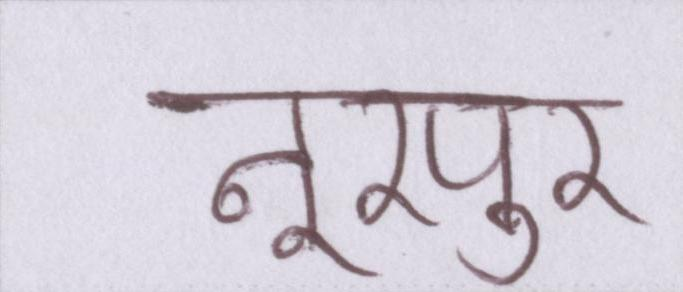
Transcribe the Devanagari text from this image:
नूरपुर